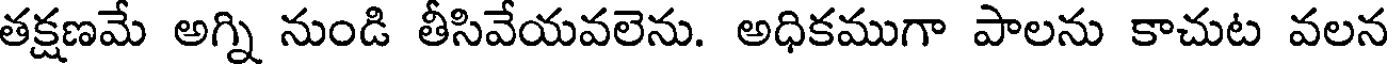
తక్షణమే అగ్ని నుండి తీసివేయవలెను. అధికముగా పాలను కాచుట వలన